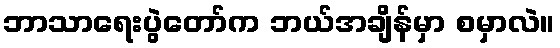
ဘာသာရေးပွဲတော်က ဘယ်အချိန်မှာ စမှာလဲ။